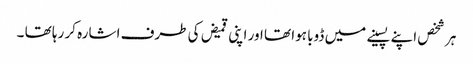
ہر شخص اپنے پسینے میں ڈوبا ہوا تھا اور اپنی قمیض کی طرف اشارہ کر رہا تھا ۔